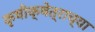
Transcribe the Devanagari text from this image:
कृषीक्षेत्राच्या